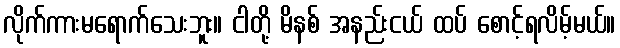
လိုက်ကားမရောက်သေးဘူး။ ငါတို့ မိနစ် အနည်းငယ် ထပ် စောင့်ရလိမ့်မယ်။